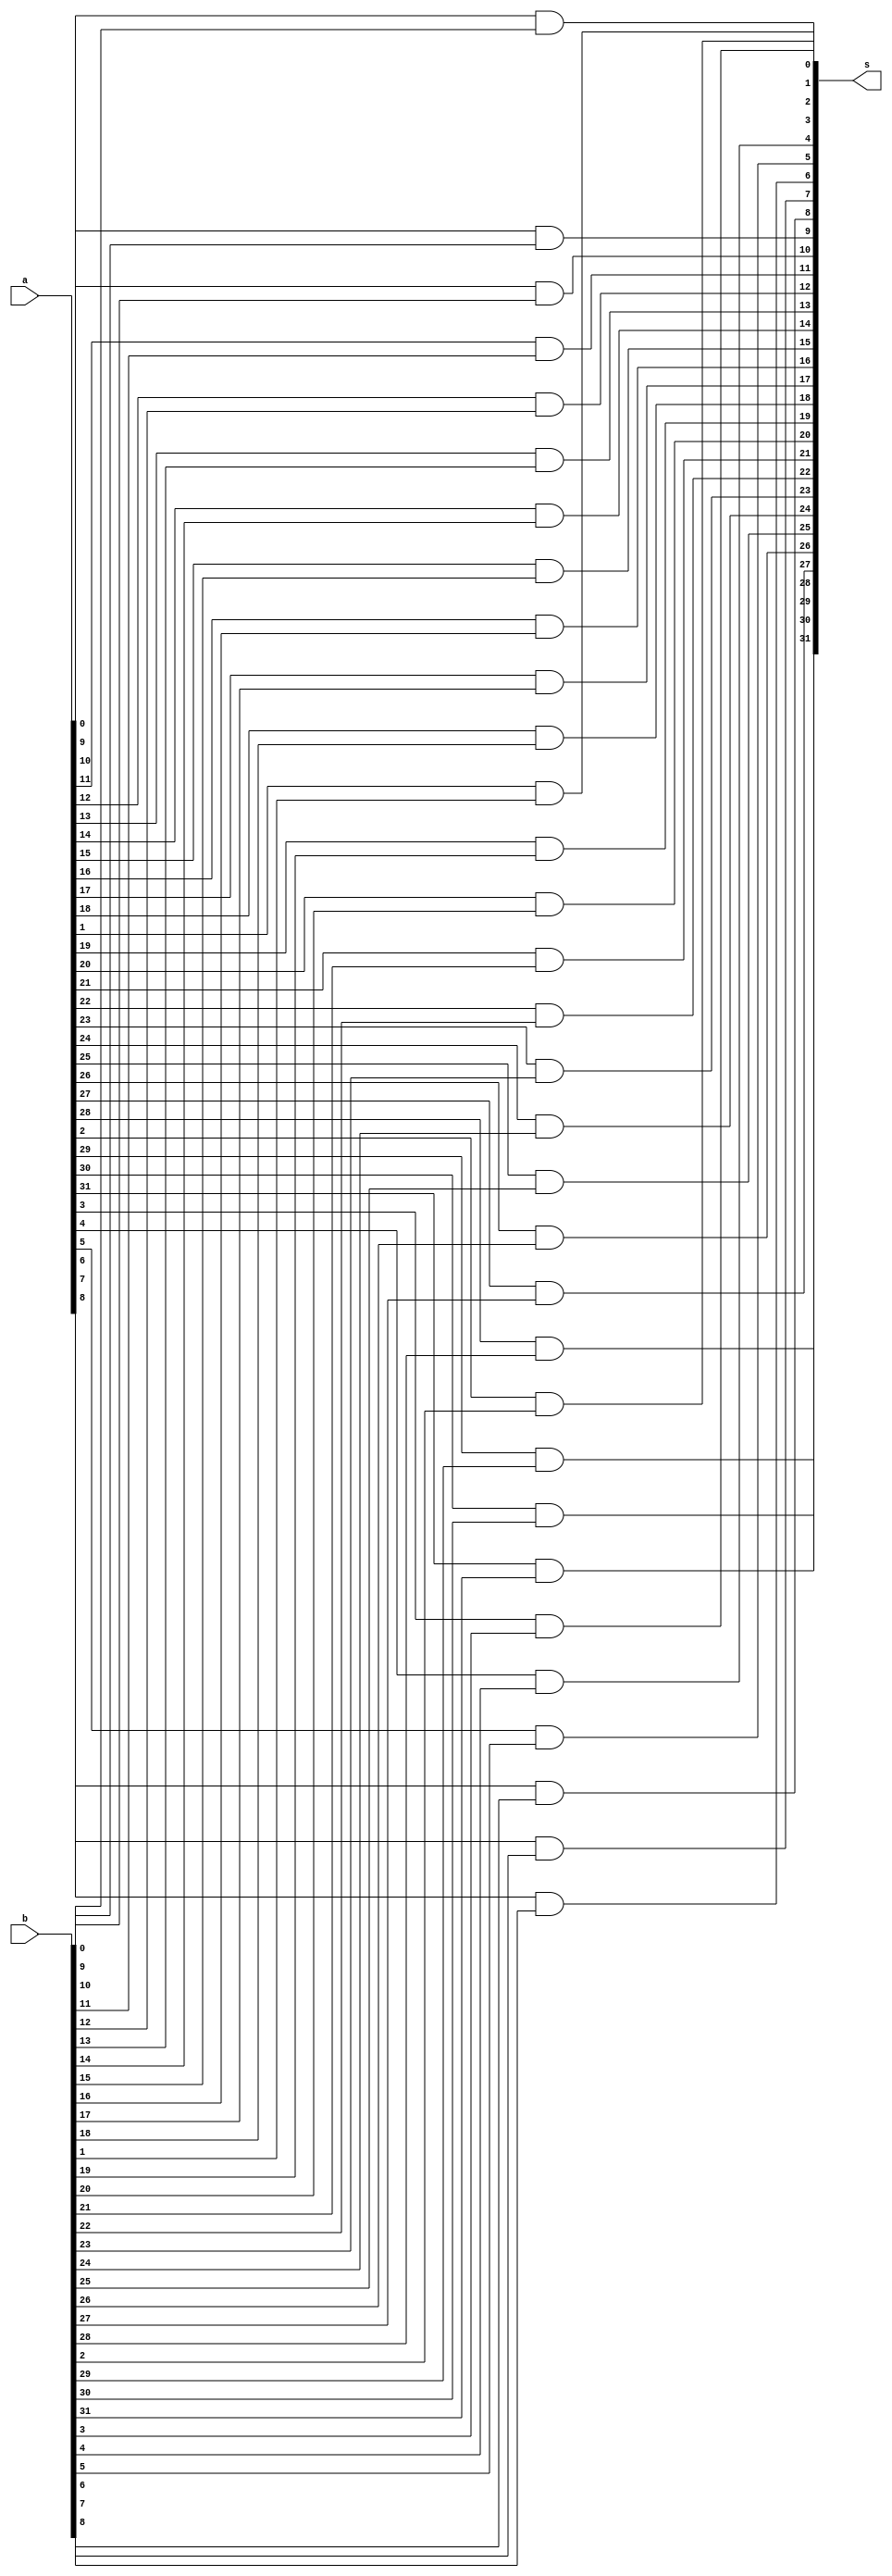
module nbitand(a,b,s);
parameter n=32;
input [n-1:0] a;
input [n-1:0]b;
output [n-1:0] s;
genvar i;
generate
    for (i = 0 ;i<n ;i=i+1 ) 
        begin
            and uut(s[i],a[i],b[i]);
        end
    
endgenerate
endmodule 

module nbitor(a,b,s);
parameter n=32;
input [n-1:0] a;
input [n-1:0]b;
output [n-1:0] s;
genvar i;
generate
    for (i = 0 ;i<n ;i=i+1 ) 
        begin
            or uut(s[i],a[i],b[i]);
        end
    
endgenerate
endmodule

module nbitxor(a,b,s);
parameter n=32;
input [n-1:0] a;
input [n-1:0]b;
output [n-1:0] s;
genvar i;
generate
    for (i = 0 ;i<n ;i=i+1 ) 
        begin
            xor uut(s[i],a[i],b[i]);
        end
    
endgenerate
endmodule